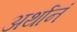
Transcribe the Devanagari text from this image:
अर्थानं